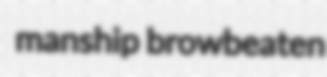
manship browbeaten